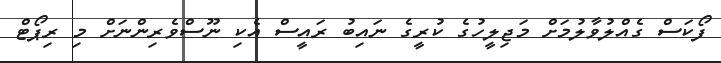
ފޯކަސް ގެއްލުވާލުމަށް މަޖިލީހުގެ ކުރީގެ ނައިބު ރައީސް އެކި ނޫސްވެރިންނަށް މި ރިޕޯޓް